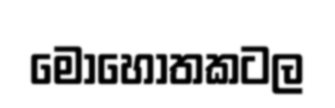
මොහොතකටල